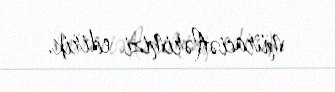
müraciətlərimizi edirik.